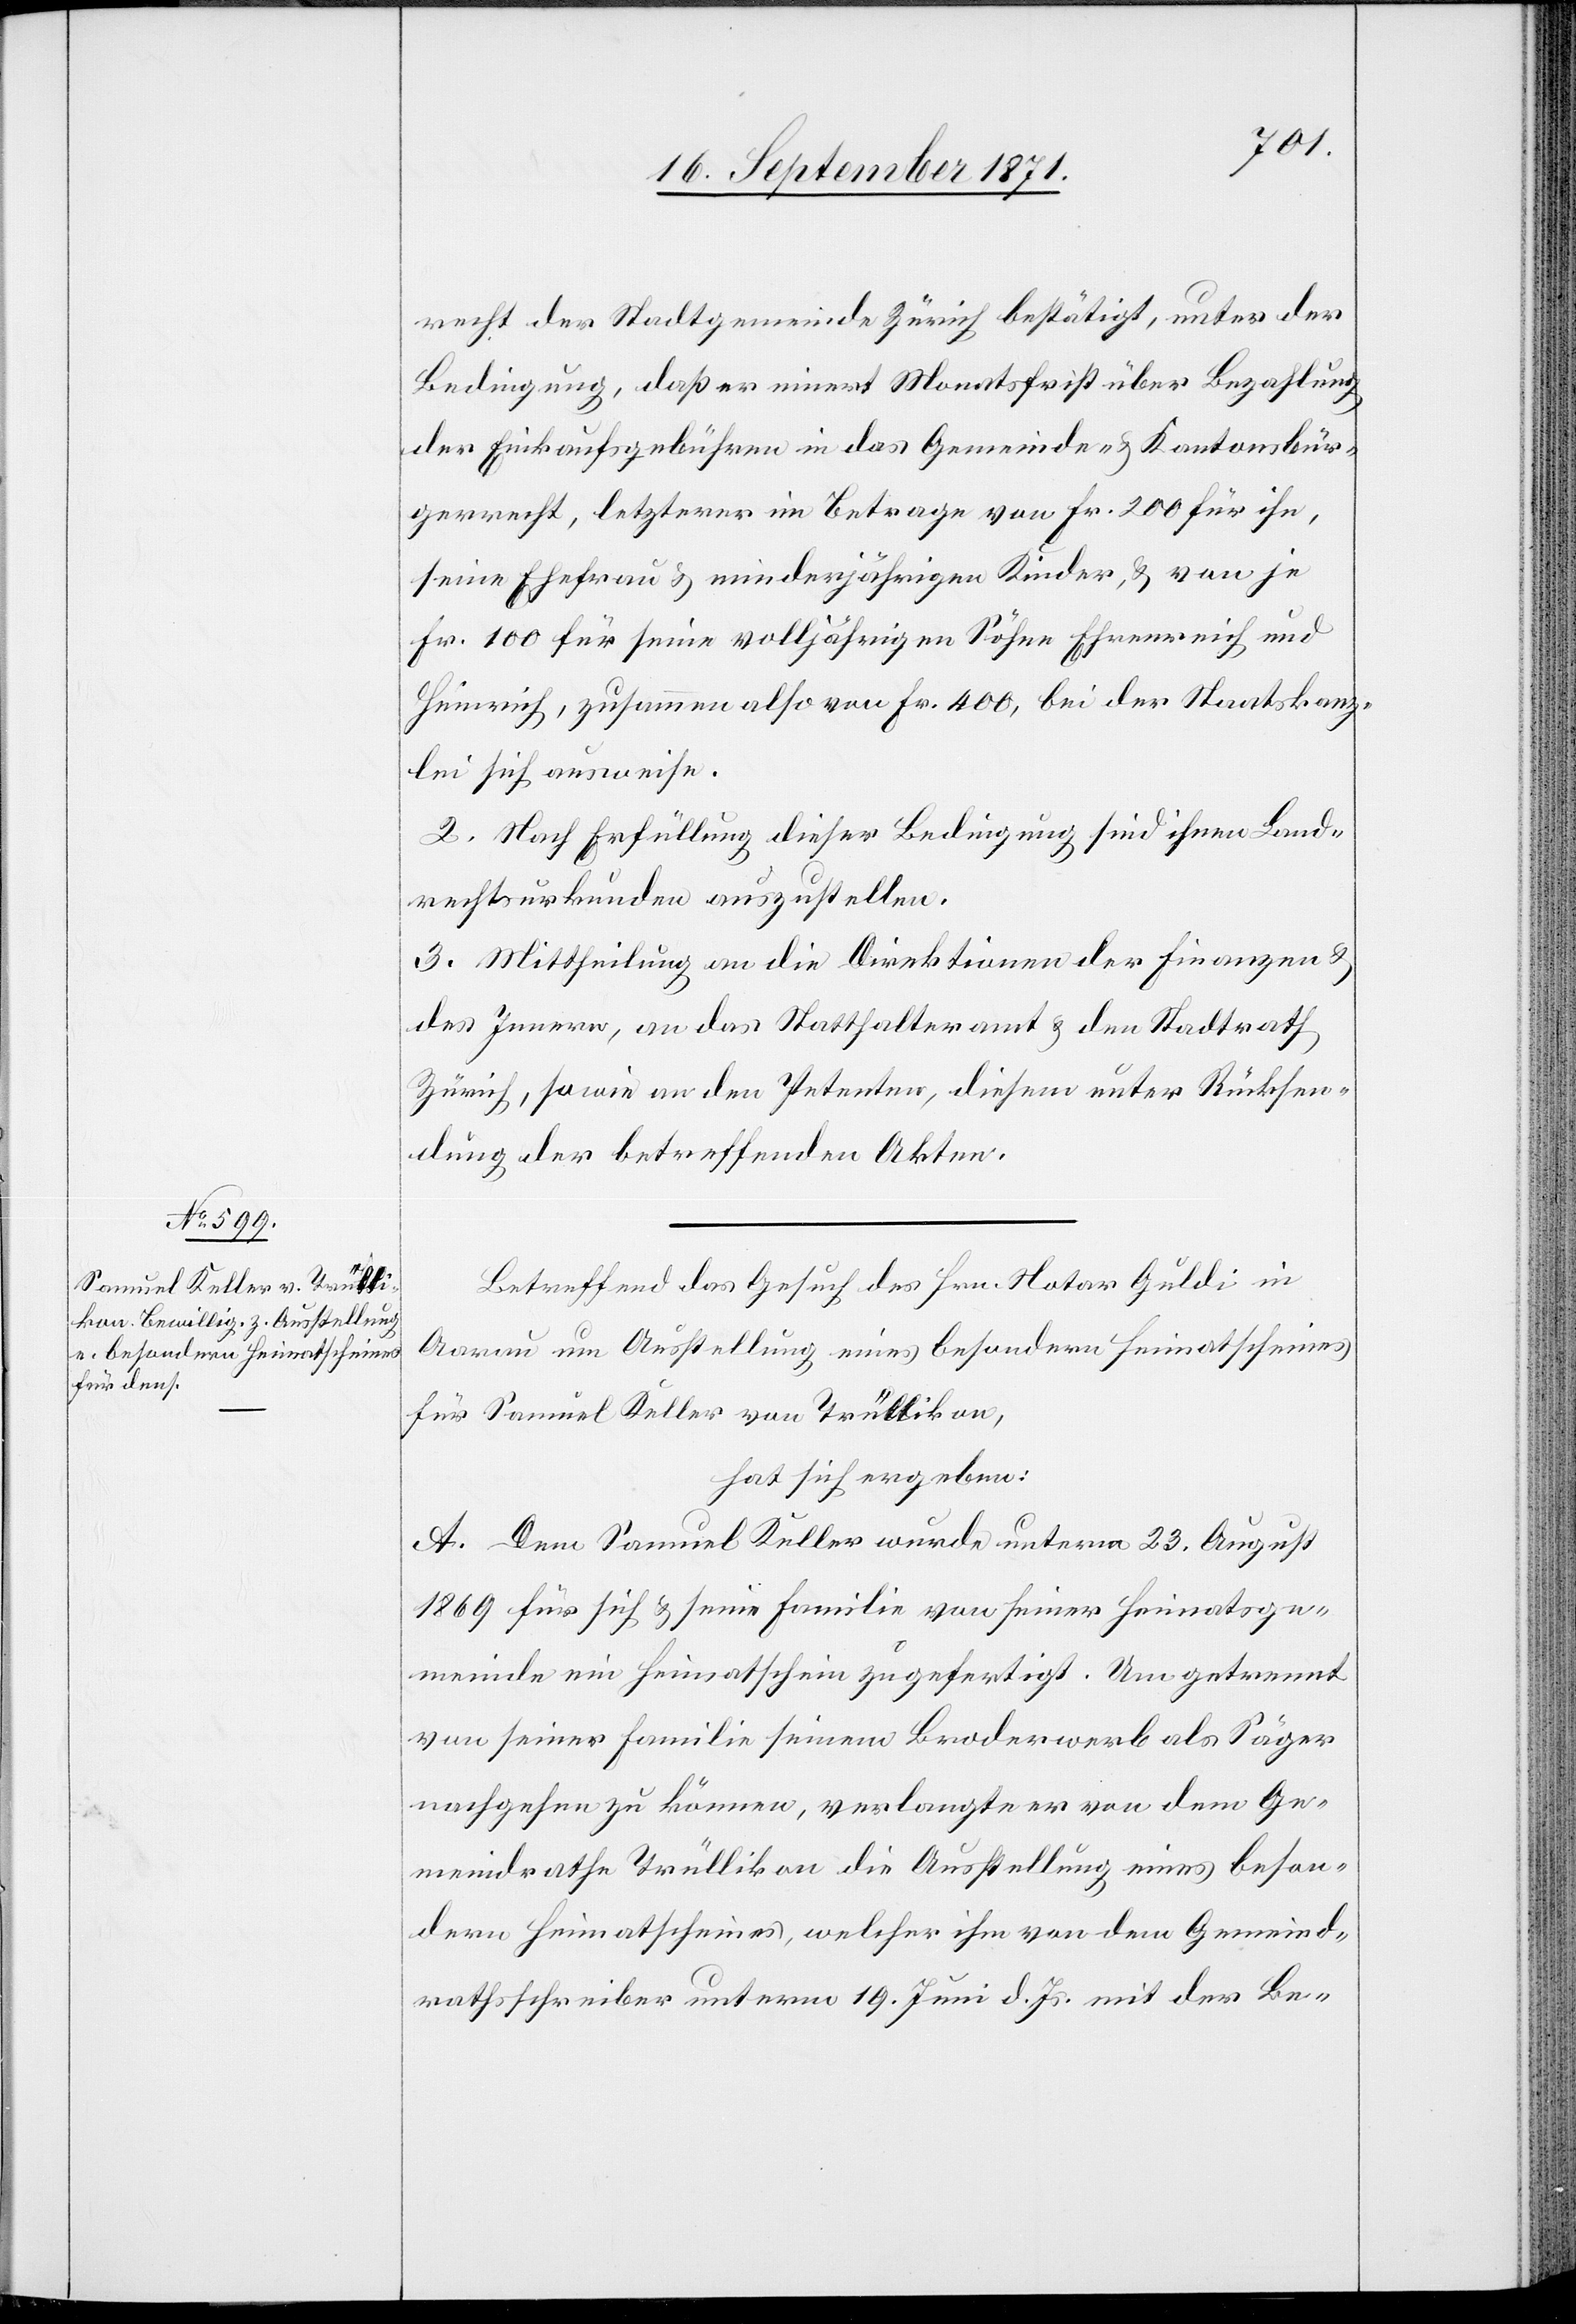
recht der Stadtgemeinde Zürich bestätigt, unter der
Bedingung, daß er innert Monatsfrist über Bezahlung
der Einkaufsgebühren in das Gemeinde- & Kantonsbür¬
gerrecht, letzterer im Betrage von Fr. 200 für ihn,
seine Ehefrau & minderjährigen Kinder, & von je
Fr. 100 für seine volljährigen Söhne, Ehrenreich und
Heinrich, zusammen also von Fr. 400, bei der Staatskanz¬
lei sich ausweise.
2. Nach Erfüllung dieser Bedingung sind ihnen Land¬
rechtsurkunden auszustellen.
3. Mittheilung an die Direktionen der Finanzen &
des Innern, an das Statthalteramt & den Stadtrath
Zürich, sowie an den Petenten, diesem unter Rücksen¬
dung der betreffenden Akten.
Betreffend das Gesuch des Hrn. Notar Guldi in
Aarau um Ausstellung eines besondern Heimatscheines
für Samuel Keller von Trüllikon,
hat sich ergeben:
A. Dem Samuel Keller wurde unterm 23. August
1869 für sich & seine Familie von seiner Heimatsge¬
meinde ein Heimatschein zugefertigt. Um getrennt
von seiner Familie seinem Broderwerb als Säger
nachgehen zu können, verlangte er von dem Ge¬
meindrath Trüllikon die Ausstellung eines beson¬
dern Heimatscheines, welcher ihm von dem Gemeind¬
rathsschreiber unterm 19. Juni d. Js. mit der Be-